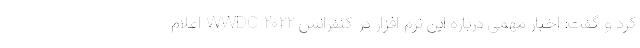
کرد و گفت: اخبار مهمی درباره این نرم افزار در کنفرانس WWDC ۲۰۲۲ اعلام